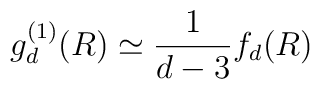
g_d^{(1)} (R)\simeq  \frac{1}{d-3} f_d(R)